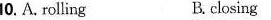
10.A. Rolling B ckosing